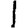
Digit: 1